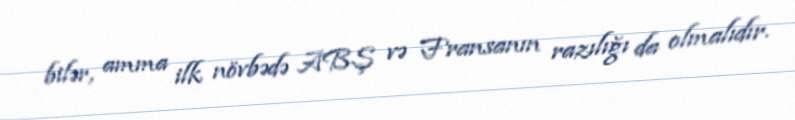
bilər, amma ilk növbədə ABŞ və Fransanın razılığı da olmalıdır.